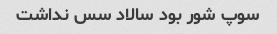
سوپ شور بود سالاد سس نداشت